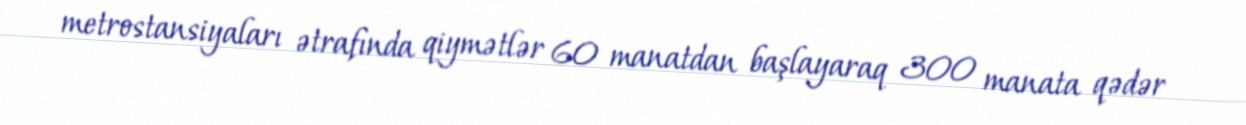
metrostansiyaları ətrafında qiymətlər 60 manatdan başlayaraq 300 manata qədər